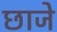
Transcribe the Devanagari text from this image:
छाजे